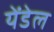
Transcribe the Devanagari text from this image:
येंडेल